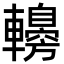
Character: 䡻